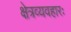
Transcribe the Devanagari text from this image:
क्षेत्रव्यवहारः